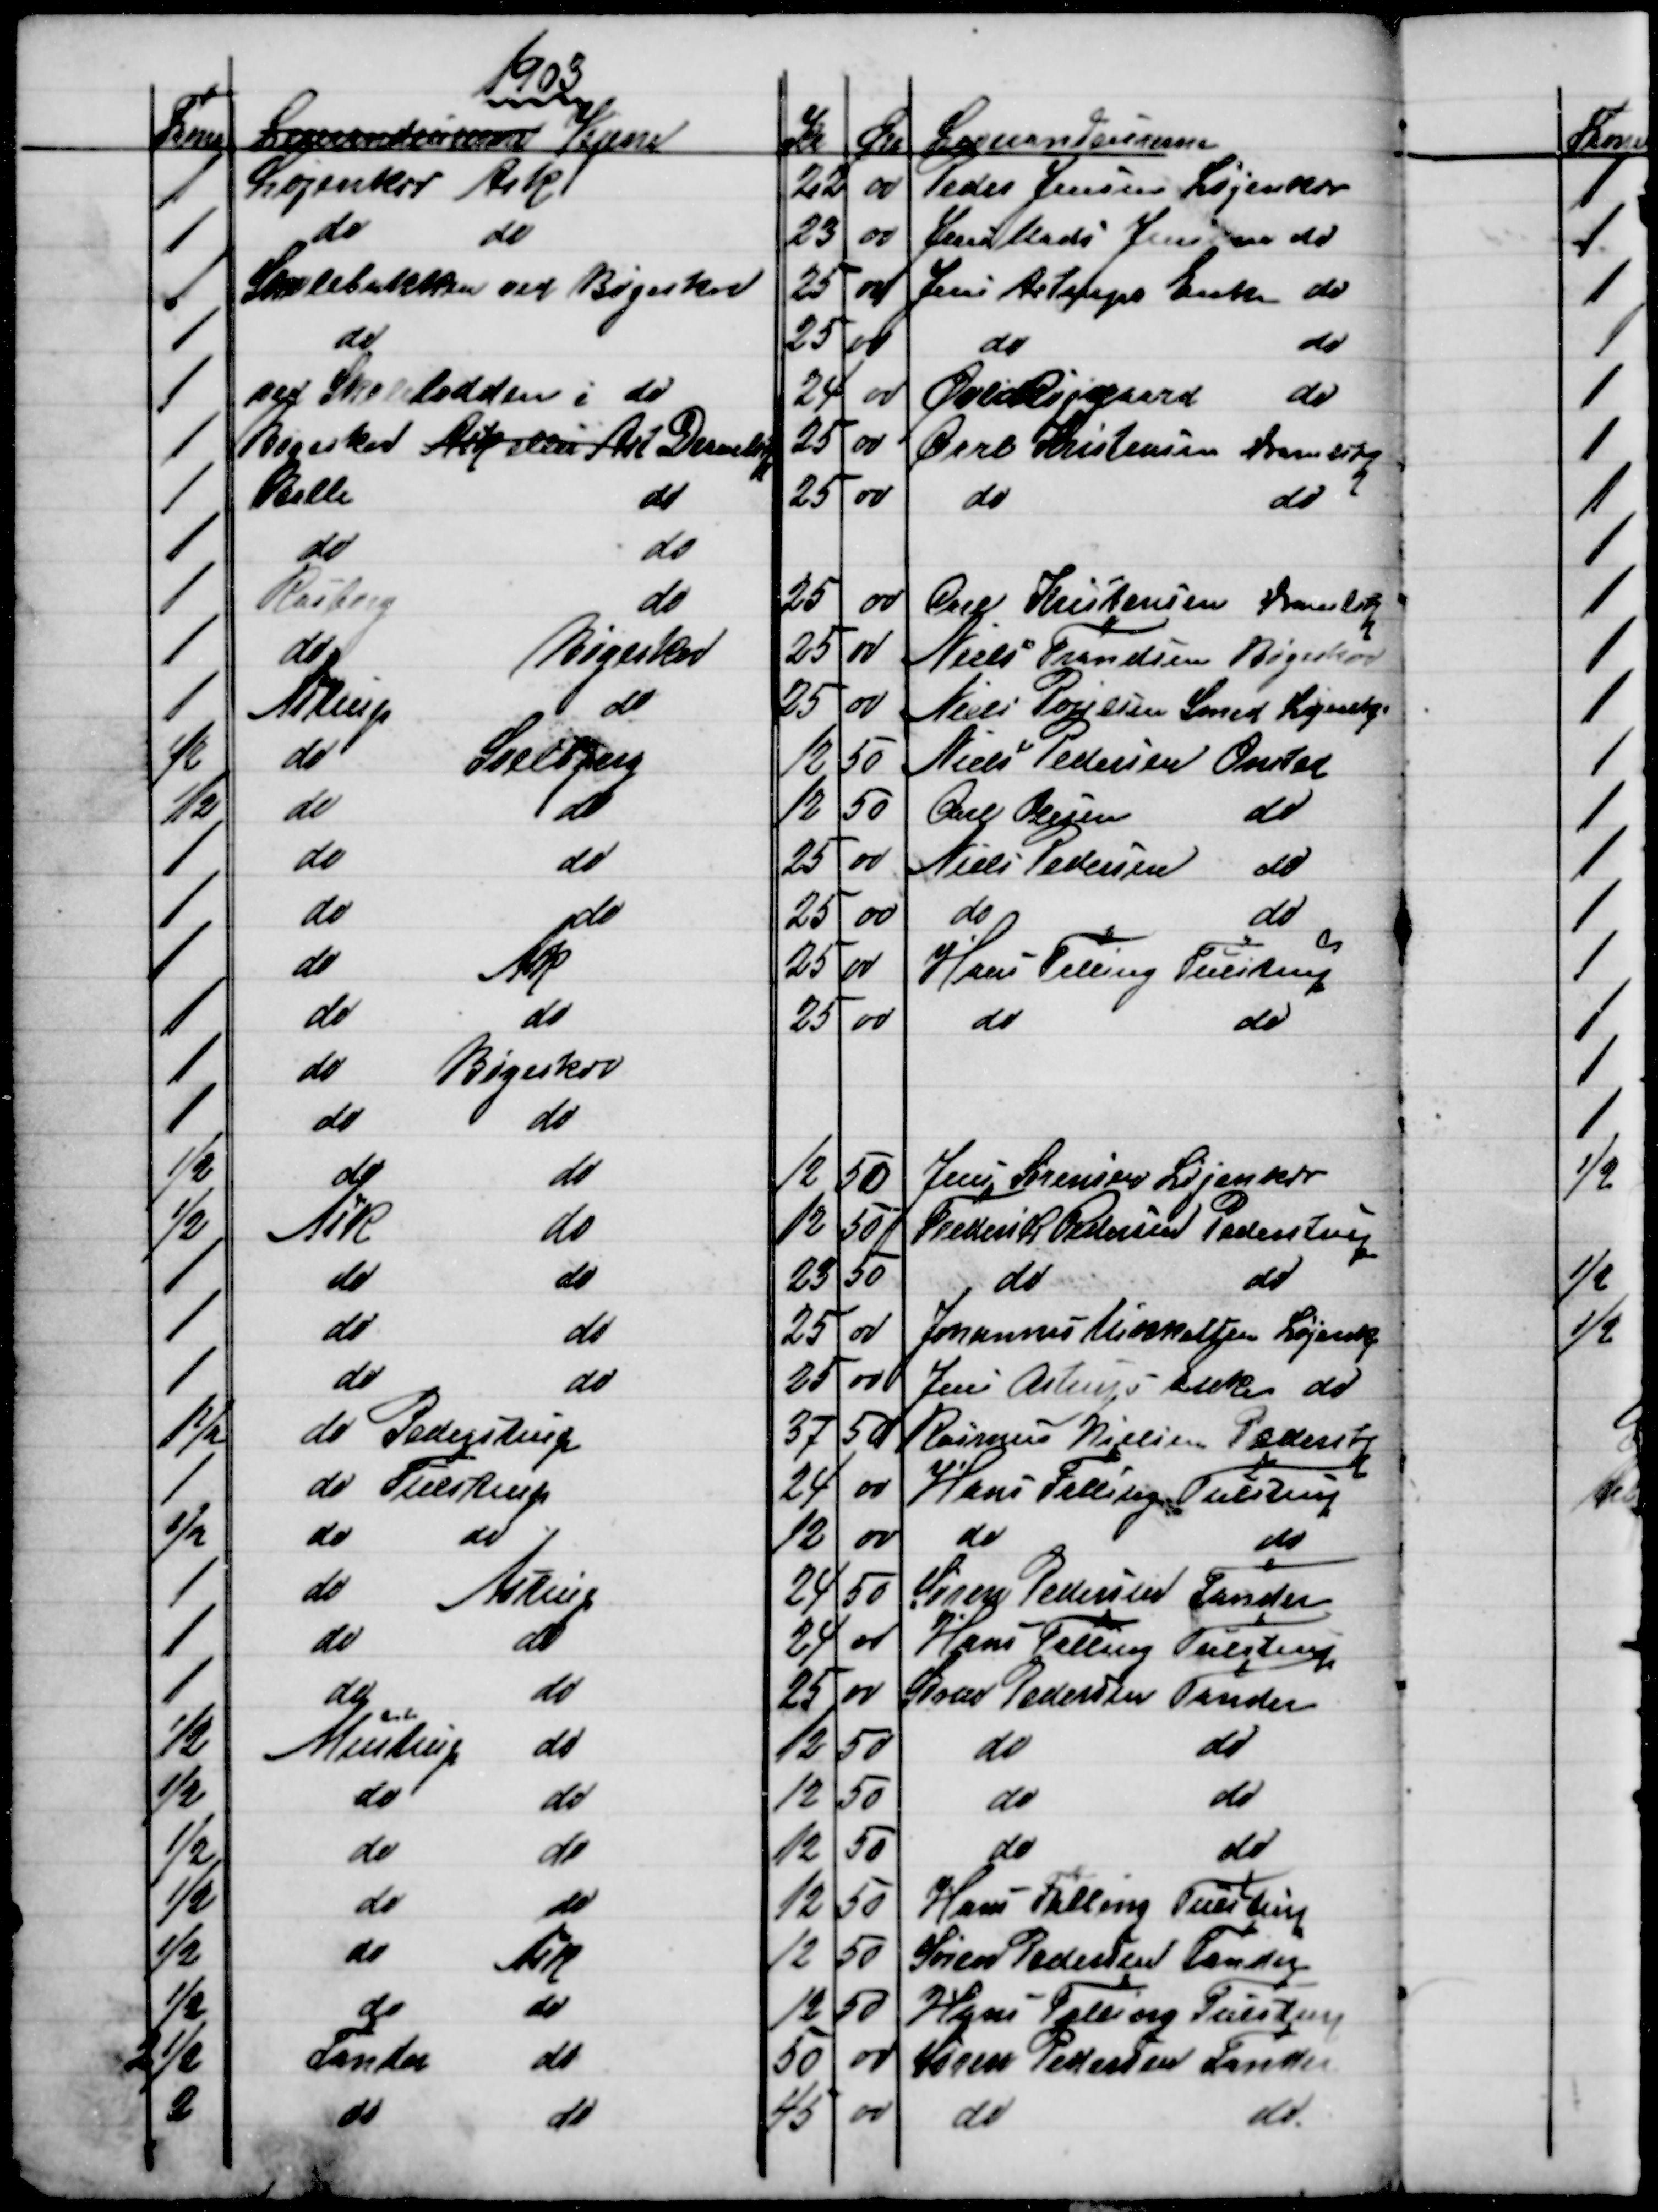
Transskription:
1903
Favne
Leverandeurerne Vejene
Kr
Øre
Leverandeurerne
1
Løjenkær Ask
22
00
Peder Jensen Løjenkær
1
do
do
23
00
Jens Mads Jensen do
1
Skolebakken ved Bøgeskov
25
00
Jens Astrups Enke do
1
do
25
00
do
do
1
ved Skolelodden i do
24
00
Øvli Røjgaard
do
1
Bøgeskov Ask eller til Dramlstp
25
00
Carl Kristensen Dramlstp
1
Balle
do
25
00
do
do
1
do
do
1
Rasborg
do
25
00
Carl Kristensen Dramlstp
1
do
Bøgeskov
25
00
Niels Frandsen Bøgeskov
1
Astrup
do
25
00
Niels Poulsen Smed Løjenkj
½
do
Soelbjerg
12
50
Niels Pedersen Onsted
½
do
do
12
50
Carl Olesen
do
1
do
do
23
00
Niels Pedersen
do
1
do
do
25
00
do
do
1
do
Ask
25
00
Hans Falling Tulstrup
1
do
do
25
00
do
do
1
do
Bøgeskov
1
do
do
½
do
do
12
50
Jens Sørensen Løjenkær
½
Ask
do
12
50
Frederik Pedersen Pederstrup
1
do
do
23
50
do
do
1
do
do
25
00
Johannes Mikkelsen Løjenkj
1
do
do
25
00
Jens Astrups Enke do
1½
do Pederstrup
37
50
Rasmus Nielsen Pederstrp
1
do Tulstrup
24
00
Hans Falling Tulstrup
½
do
do
12
00
do
do
1
do
Astrup
24
50
Søren Pedersen Tander
1
do
do
24
00
Hans Falling Tulstrup
1
do
do
25
00
Søren Pedersen Tander
½
Mustrup
do
12
50
do
do
½
do
do
12
50
do
do
½
do
do
12
50
do
do
½
do
do
12
50
Hana Falling Tulstrup
½
do
Ask
12
50
Søren Pedersen Tander
½
do
do
12
50
Hans Falling Tulstrup
2½
Tander
do
50
00
Søren Pedersen Tander
2
do
do
45
00
do
do